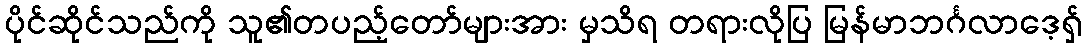
ပိုင်ဆိုင်သည်ကို သူ၏တပည့်တော်များအား မှသိရ တရားလိုပြ မြန်မာဘင်္ဂလာဒေ့ရှ်